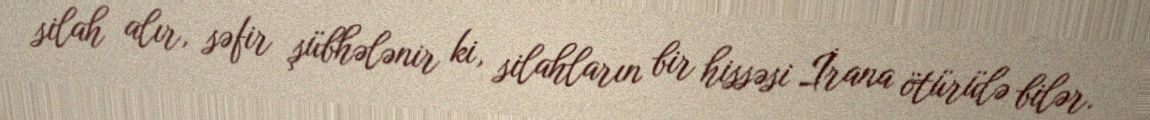
silah alır, səfir şübhələnir ki, silahların bir hissəsi İrana ötürülə bilər.